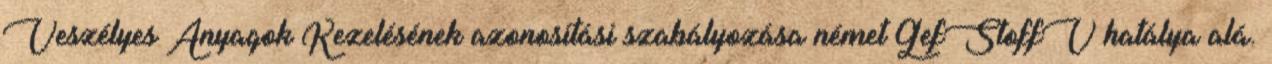
Veszélyes Anyagok Kezelésének azonosítási szabályozása német GefStoffV hatálya alá.